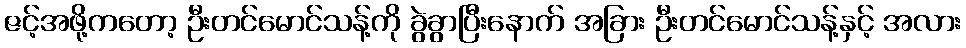
ဇင့်အဖို့ကတော့ ဦးတင်မောင်သန့်ကို ခွဲခွာပြီးနောက် အခြား ဦးတင်မောင်သန့်နှင့် အလား